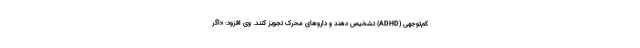
کم‌توجهی (ADHD) تشخیص دهند و داروهای محرک تجویز کنند. وی افزود: «اگر